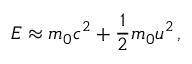
E \approx m _ { 0 } c ^ { 2 } + { \frac { 1 } { 2 } } m _ { 0 } u ^ { 2 } \, ,